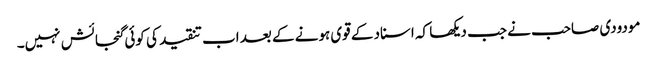
مودودی صاحب نے جب دیکھا کہ اسناد کے قوی ہونے کے بعد اب تنقید کی کوئی گنجائش نہیں۔